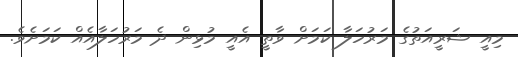
މިއީ ޝަރީއަތުގެ މަރުހަލާ ކަމަށް ވާތީ އެއީ މުޅިން ދެ މަރުހަލާއެއް ކަމަށެވެ.